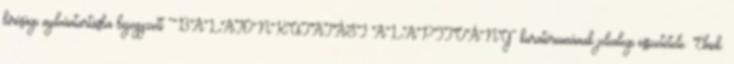
bírósági nyilvántartásba bejegyzett ”BALATONKUTATÁSI ALAPÍTVÁNY” kuratóriumának jelenlegi összetétele: Elnök: